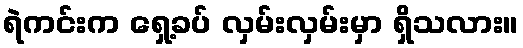
ရဲကင်းက ရှေ့ခပ် လှမ်းလှမ်းမှာ ရှိသလား။